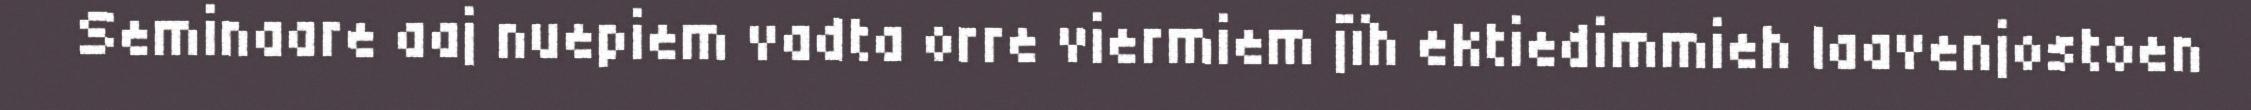
Seminaare aaj nuepiem vadta orre viermiem jïh ektiedimmieh laavenjostoen